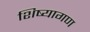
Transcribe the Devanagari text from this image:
शिष्यागण